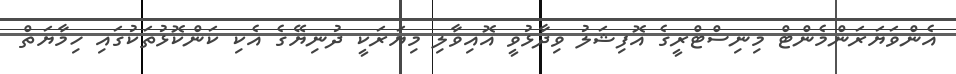
އެންވަޔަރަންމެންޓް މިނިސްޓްރީގެ އޮފިޝަލު ވިދާޅުވީ އޮއިވާލި މިޔަރަކީ ދުނިޔޭގެ އެކި ކަންކޮޅުތަކުގައި ހިމާޔަތް